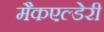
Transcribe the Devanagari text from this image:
मैकएल्डेरी